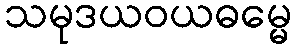
သမုဒယဝယဓမ္မေ